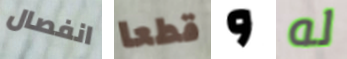
انفصال قطعا و له